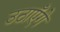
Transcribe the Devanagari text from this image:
उठाएँगे